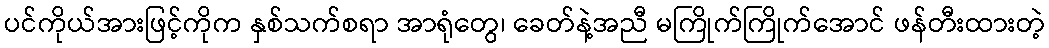
ပင်ကိုယ်အားဖြင့်ကိုက နှစ်သက်စရာ အာရုံတွေ၊ ခေတ်နဲ့အညီ မကြိုက်ကြိုက်အောင် ဖန်တီးထားတဲ့